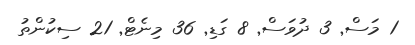
1 މަސް